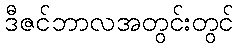
ဒီဇင်ဘာလအတွင်းတွင်